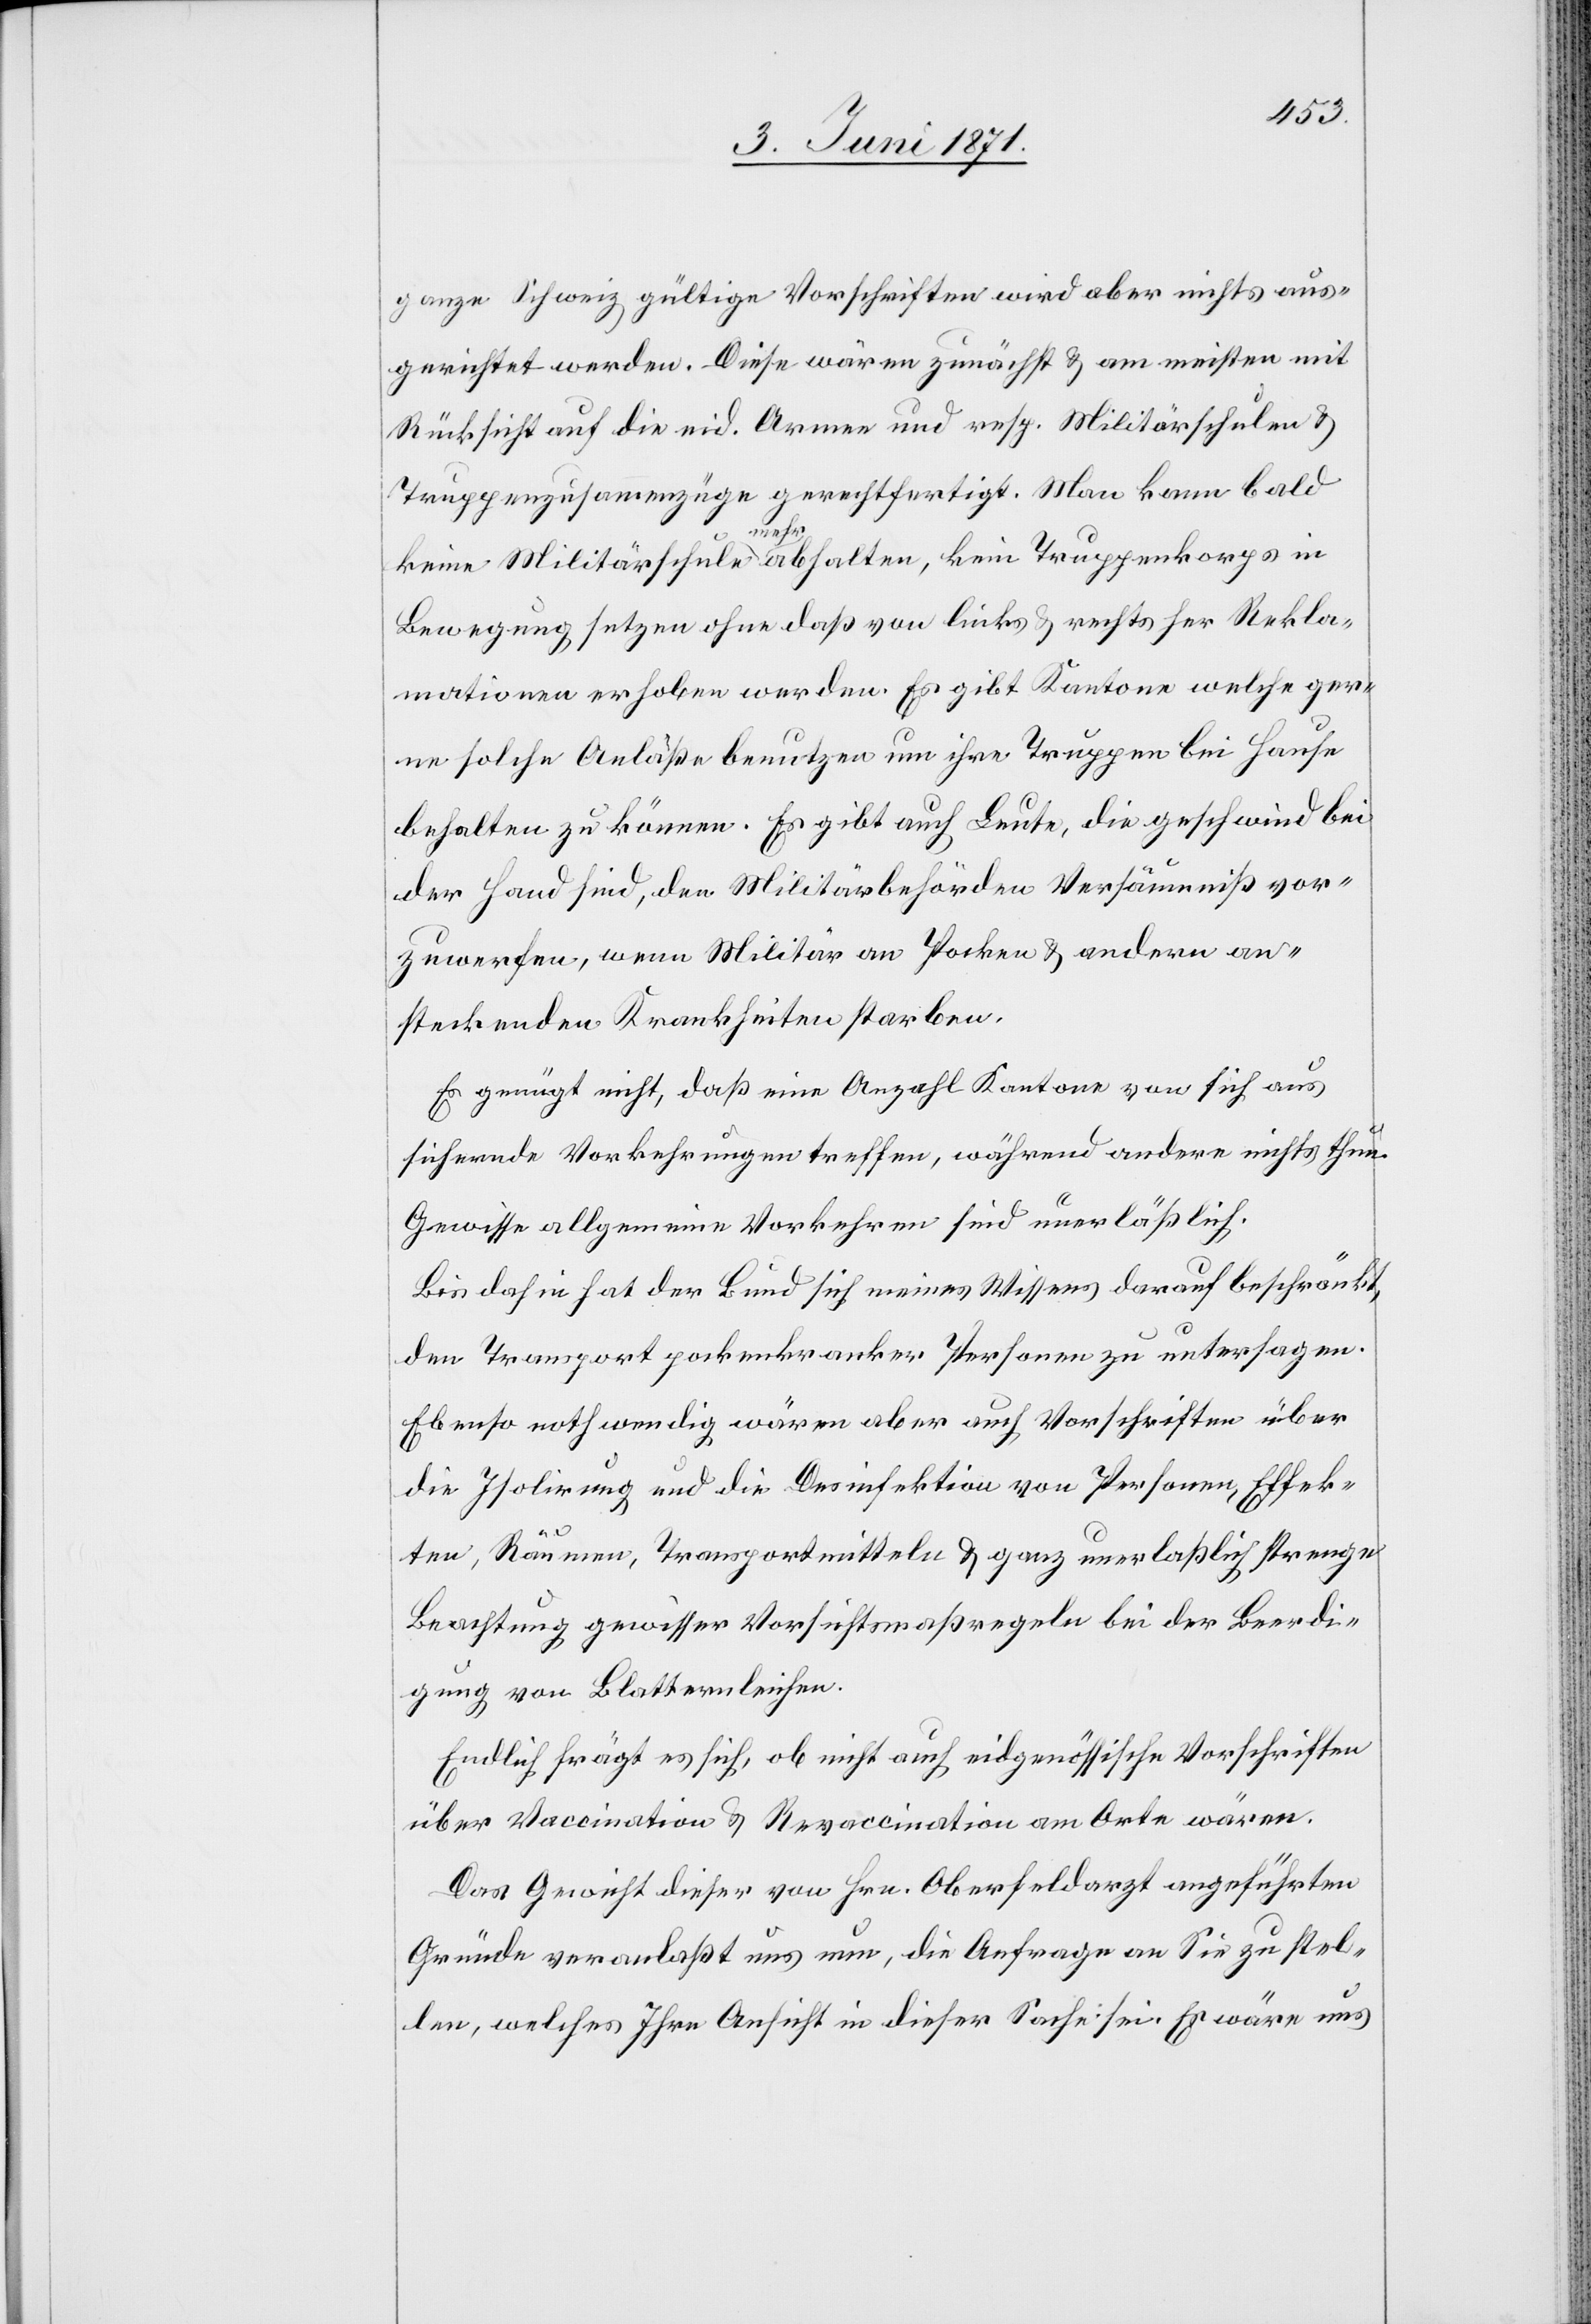
ganze Schweiz gültige Vorschriften wird aber nichts aus¬
gerichtet werden. Diese wären zunächst u. am meisten mit
Rücksicht auf die eid. Armee und resp. Militärschulen u.
Truppenzusammenzüge gerechtfertigt. Man kann bald
strenge
keine Militärschule mehr abhalten, kein Truppenkorps in
Bewegung setzen ohne daß von links u. rechts her Rekla¬
mationen erhoben werde. Es gibt Kantone welche ger¬
ne solche Anläße benutzen um ihre Truppen bei Hause
behalten zu können. Es gibt auch Leute, die geschwind bei
der Hand sind, den Militärbehörden Versäumniß vor¬
zuwerfen, wenn Militär an Pocken u. andern an¬
steckenden Krankheiten starben.
Es genügt nicht, daß eine Anzahl Kantone von sich aus
sichernde Vorkehrungen treffen, während andere nichts thun.
Gewisse allgemeine Vorkehren sind unerläßlich.
Bis dahin hat der Bund sich meines Wissens darauf beschränkt,
den Transport pockenkranker Personen zu untersagen.
Ebenso nothwendig wären aber auch Vorschriften über
die Isolirung und die Desinfektion von Personen, Effek¬
ten, Räumen, Transportmitteln u. ganz unerlaßlich [sic!]
Beachtung gewisser Vorsichtsmaßregeln bei der Beerdi¬
gung von Blatternleichen.
Endlich frägt es sich, ob nicht auch eidgenössische Vorschriften
über Vaccination u. Revaccination am Orte wären.
Das Gewicht dieser von Hrn. Oberfeldarzt angeführten
Gründe veranlaßt uns nun, die Anfrage an Sie zu stel¬
len, welches Ihre Ansicht in dieser Sache sei. Es wäre uns